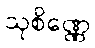
သုစိဏ္ဏေ